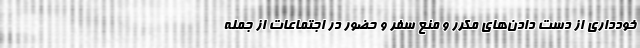
خودداری از دست دادن‌های مکرر و منع سفر و حضور در اجتماعات از جمله